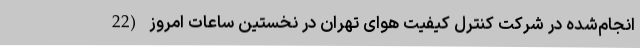
انجام‌شده در شرکت کنترل کیفیت هوای تهران در نخستین ساعات امروز (22